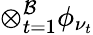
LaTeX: \otimes_{t=1}^{\mathcal{B}}\phi_{\nu_{t}}